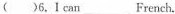
( ） 6,I can_________French.